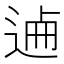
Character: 𨓘